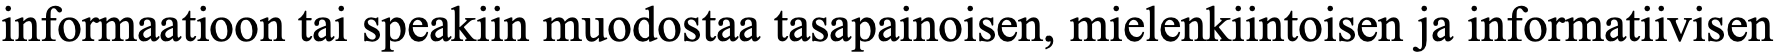
informaatioon tai speakiin muodostaa tasapainoisen, mielenkiintoisen ja informatiivisen